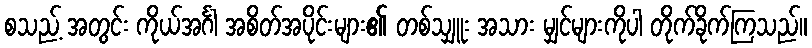
စသည့် အတွင်း ကိုယ်အင်္ဂါ အစိတ်အပိုင်းများ၏ တစ်သျှူး အသား မျှင်များကိုပါ တိုက်ခိုက်ကြသည်။